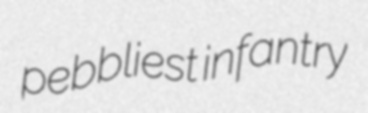
pebbliest infantry